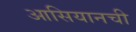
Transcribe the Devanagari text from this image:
आसियानची